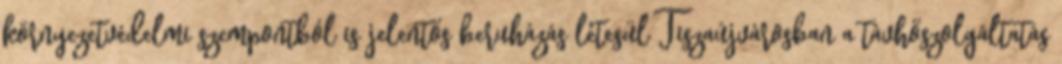
környezetvédelmi szempontból is jelentős beruházás létesül Tiszaújvárosban a távhőszolgáltatás